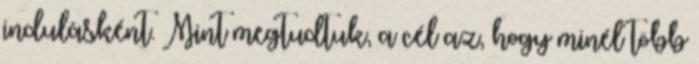
indulásként. Mint megtudtuk, a cél az, hogy minél több